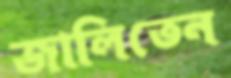
জালিতেন